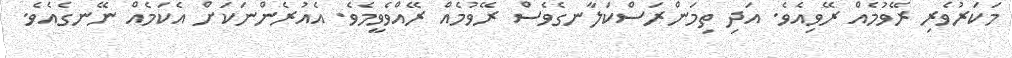
މަކަރުވެރި ރޭވުމެއް ރޭވިއެވެ. އަދި ތިމަންރަސްކަލާނގެވެސް ރޭވުމެއް ރޭއްވެވީމެވެ. އެއުރެންނަކަށް އެކަމެއް ނޭނގެއެވެ.